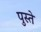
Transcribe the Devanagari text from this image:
पुस्ते